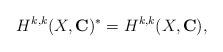
LaTeX: \begin{align*}H^{k,k}(X,\mathbf{C})^*=H^{k,k}(X,\mathbf{C}),\end{align*}